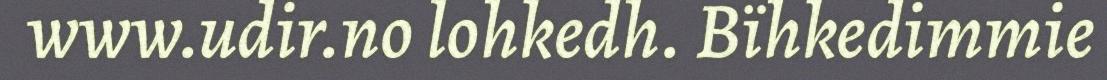
www.udir.no lohkedh. Bïhkedimmie